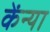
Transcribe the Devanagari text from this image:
केंन्या